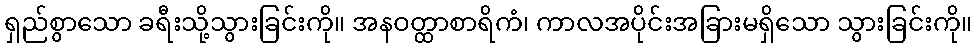
ရှည်စွာသော ခရီးသို့သွားခြင်းကို။ အနဝတ္ထာစာရိကံ၊ ကာလအပိုင်းအခြားမရှိသော သွားခြင်းကို။